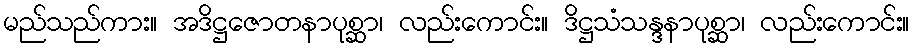
မည်သည်ကား။ အဒိဋ္ဌဇောတနာပုစ္ဆာ၊ လည်းကောင်း။ ဒိဋ္ဌသံသန္ဒနာပုစ္ဆာ၊ လည်းကောင်း။